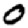
Digit: 0